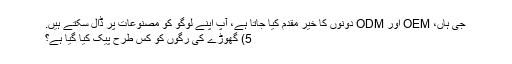
جی ہاں، OEM اور ODM دونوں کا خیر مقدم کیا جاتا ہے، آپ اپنے لوگو کو مصنوعات پر ڈال سکتے ہیں.
5) گھوڑے کی رگوں کو کس طرح پیک کیا گیا ہے؟